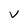
Character: V